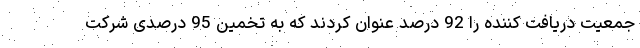
جمعیت دریافت کننده را 92 درصد عنوان کردند که به تخمین 95 درصدی شرکت